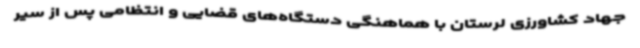
جهاد کشاورزی لرستان با هماهنگی دستگاه‌های قضایی و انتظامی پس از سیر